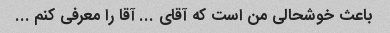
باعث خوشحالی من است که آقای ... آقا را معرفی کنم ...